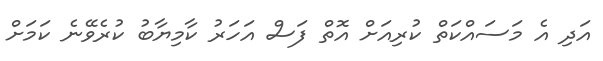
އަދި އެ މަސައްކަތް ކުރިއަށް އޮތް ފަސް އަހަރު ކާމިޔާބު ކުރެވޭނެ ކަމަށް